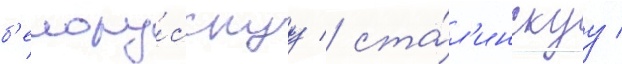
б'елору́сскуу / ста́л'инскуу /